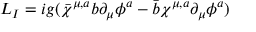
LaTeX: { \cal L _ { I } } = i g ( \bar { \chi } ^ { \mu , a } b \partial _ { \mu } \phi ^ { a } - \bar { b } \chi ^ { \mu , a } \partial _ { \mu } \phi ^ { a } )